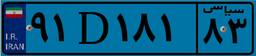
۵۴D۴۳۵۴۳